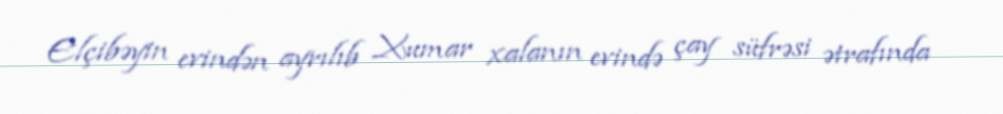
Elçibəyin evindən ayrılıb Xumar xalanın evində çay süfrəsi ətrafında